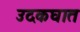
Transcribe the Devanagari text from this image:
उदकघात